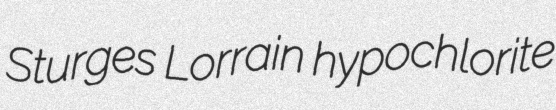
Sturges Lorrain hypochlorite